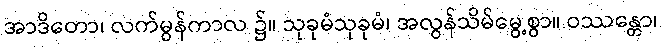
အာဒိတော၊ လက်မွန်ကာလ ၌။ သုခုမံသုခုမံ၊ အလွန်သိမ်မွေ့စွာ။ ဝဿန္တော၊